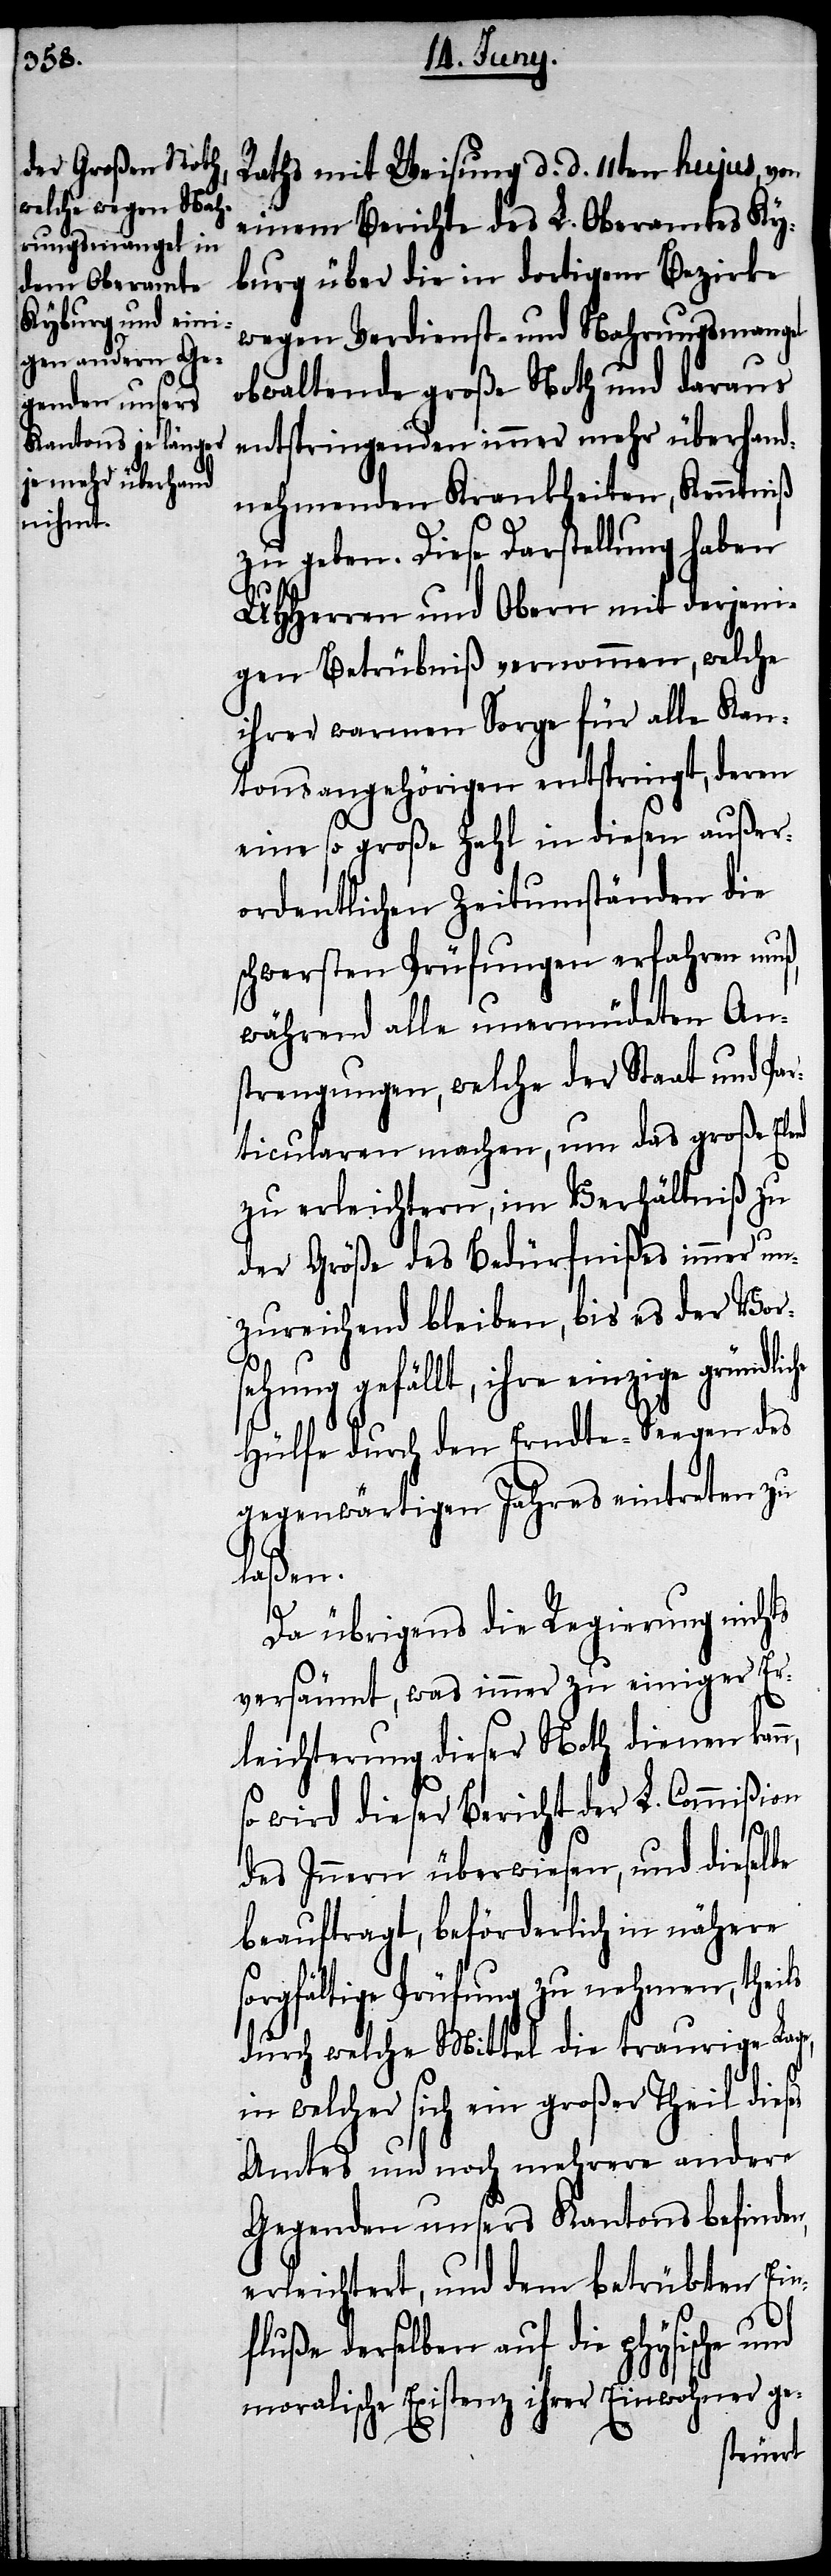
Raths mit Weisung d. d. 11ten hujus, von
einem Berichte des L. Oberamtes Ky¬
burg über die in dortigem Bezirke
wegen Verdienst- und Nahrungsmangel
obwaltende große Noth und daraus
entspringenden immer mehr überhand¬
nehmenden Krankheiten, Kenntniß
zu geben. Diese Vorstellung haben
UHHerren und Obern mit derjeni¬
gen Betrübniß vernommen, welche
ihrer warmen Sorge für alle Kan¬
tonsangehörige entspringt, deren
eine so große Zahl in diesen außer¬
ordentlichen Zeitumständen die
schwersten Prüfungen erfahren muß,
während alle unermüdeten An¬
strengungen, welche der Staat und Par¬
ticularen machen, um das große Elend
zu erleichtern, im Verhältniß zu
der Größe des Bedürfnißes immer un¬
zureichend bleiben, bis es der Vor¬
sehung gefällt, ihre einzige gründliche
Hülfe durch den Erndte-Seegen des
gegenwärtigen Jahres eintreten zu
laßen.
ses
Da übrigens die Regierung nichts
versäumt, was immer zu einiger Er¬
leichterung dieser Noth dienen kan¬
so wird dieser Bericht der L. Commißion
des Innern überwiesen, und dieselbe
beauftragt, beförderlich in nähere
sorgfältige Prüfung zu nehmen, theils
durch welche Mittel die traurige Lag¬
in welcher sich ein großer Theil die¬
Amtes und noch mehrere andere
Gegenden unsers Kantons befinden,
erleichtert, und dem betrübten Ein¬
fluße derselben auf die physische und
moralische Existenz ihrer Einwohner ge-